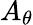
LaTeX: A_{\theta}